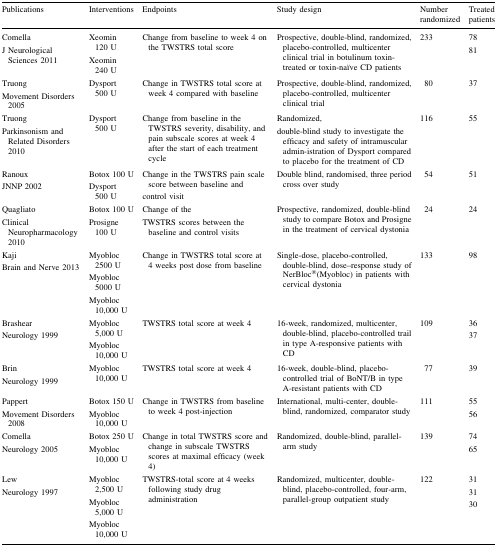
<table><thead><tr><td><b>Publications</b></td><td><b>Interventions</b></td><td><b>Endpoints</b></td><td><b>Study design</b></td><td><b>Number randomized</b></td><td><b>Treated patients</b></td></tr></thead><tbody><tr><td>ComellaJ Neurological Sciences 2011</td><td>Xeomin 120 UXeomin 240 U</td><td>Change from baseline to week 4 on the TWSTRS total score</td><td>Prospective, double-blind, randomized, placebo-controlled, multicenter clinical trial in botulinum toxin-treated or toxin-naïve CD patients</td><td>233</td><td>7881</td></tr><tr><td>TruongMovement Disorders 2005</td><td>Dysport 500 U</td><td>Change in TWSTRS total score at week 4 compared with baseline</td><td>Prospective, double-blind, randomized, placebo-controlled, multicenter clinical trial</td><td>80</td><td>37</td></tr><tr><td>TruongParkinsonism and Related Disorders 2010</td><td>Dysport 500 U</td><td>Change from baseline in the TWSTRS severity, disability, and pain subscale scores at week 4 after the start of each treatment cycle</td><td>Randomized,double-blind study to investigate the efficacy and safety of intramuscular admin-istration of Dysport compared to placebo for the treatment of CD</td><td>116</td><td>55</td></tr><tr><td>RanouxJNNP 2002</td><td>Botox 100 UDysport 500 U</td><td>Change in the TWSTRS pain scale score between baseline andcontrol visit</td><td>Double blind, randomised, three period cross over study</td><td>54</td><td>51</td></tr><tr><td>QuagliatoClinical Neuropharmacology 2010</td><td>Botox 100 UProsigne 100 U</td><td>Change of theTWSTRS scores between the baseline and control visits</td><td>Prospective, randomized, double-blind study to compare Botox and Prosigne in the treatment of cervical dystonia</td><td>24</td><td>24</td></tr><tr><td>KajiBrain and Nerve 2013</td><td>Myobloc 2500 UMyobloc 5000 UMyobloc 10,000 U</td><td>Change in TWSTRS total score at 4 weeks post dose from baseline</td><td>Single-dose, placebo-controlled, double-blind, dose–response study of NerBloc<sup>®</sup>(Myobloc) in patients with cervical dystonia</td><td>133</td><td>98</td></tr><tr><td>BrashearNeurology 1999</td><td>Myobloc 5,000 UMyobloc 10,000 U</td><td>TWSTRS total score at week 4</td><td>16-week, randomized, multicenter, double-blind, placebo-controlled trail in type A-responsive patients with CD</td><td>109</td><td>3637</td></tr><tr><td>BrinNeurology 1999</td><td>Myobloc 10,000 U</td><td>TWSTRS total score at week 4</td><td>16-week, double-blind, placebo-controlled trial of BoNT/B in type A-resistant patients with CD</td><td>77</td><td>39</td></tr><tr><td>PappertMovement Disorders 2008</td><td>Botox 150 UMyobloc 10,000 U</td><td>Change in TWSTRS from baseline to week 4 post-injection</td><td>International, multi-center, double-blind, randomized, comparator study</td><td>111</td><td>5556</td></tr><tr><td>ComellaNeurology 2005</td><td>Botox 250 UMyobloc 10,000 U</td><td>Change in total TWSTRS score and change in subscale TWSTRS scores at maximal efficacy (week 4)</td><td>Randomized, double-blind, parallel-arm study</td><td>139</td><td>7465</td></tr><tr><td>LewNeurology 1997</td><td>Myobloc 2,500 UMyobloc 5,000 UMyobloc 10,000 U</td><td>TWSTRS-total score at 4 weeks following study drug administration</td><td>Randomized, multicenter, double-blind, placebo-controlled, four-arm, parallel-group outpatient study</td><td>122</td><td>313130</td></tr></tbody></table>